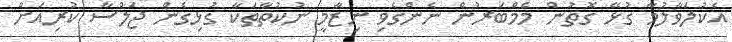
އެކުލަވާލުމާ ގުޅޭ ގޮތުން މެމްބަރުން ނެންގެވި ނިޒާމީ ނުކުތާތަކާ ގުޅިގެން ޖަލްސާ ކުރިއަށް